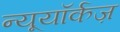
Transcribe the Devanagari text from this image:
न्यूयॉर्कज़